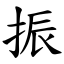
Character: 振